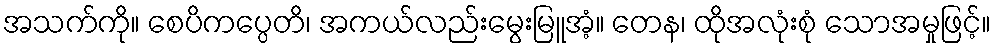
အသက်ကို။ စေပိကပ္ပေတိ၊ အကယ်လည်းမွေးမြူအံ့။ တေန၊ ထိုအလုံးစုံ သောအမှုဖြင့်။